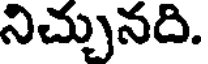
నిచ్చునది.